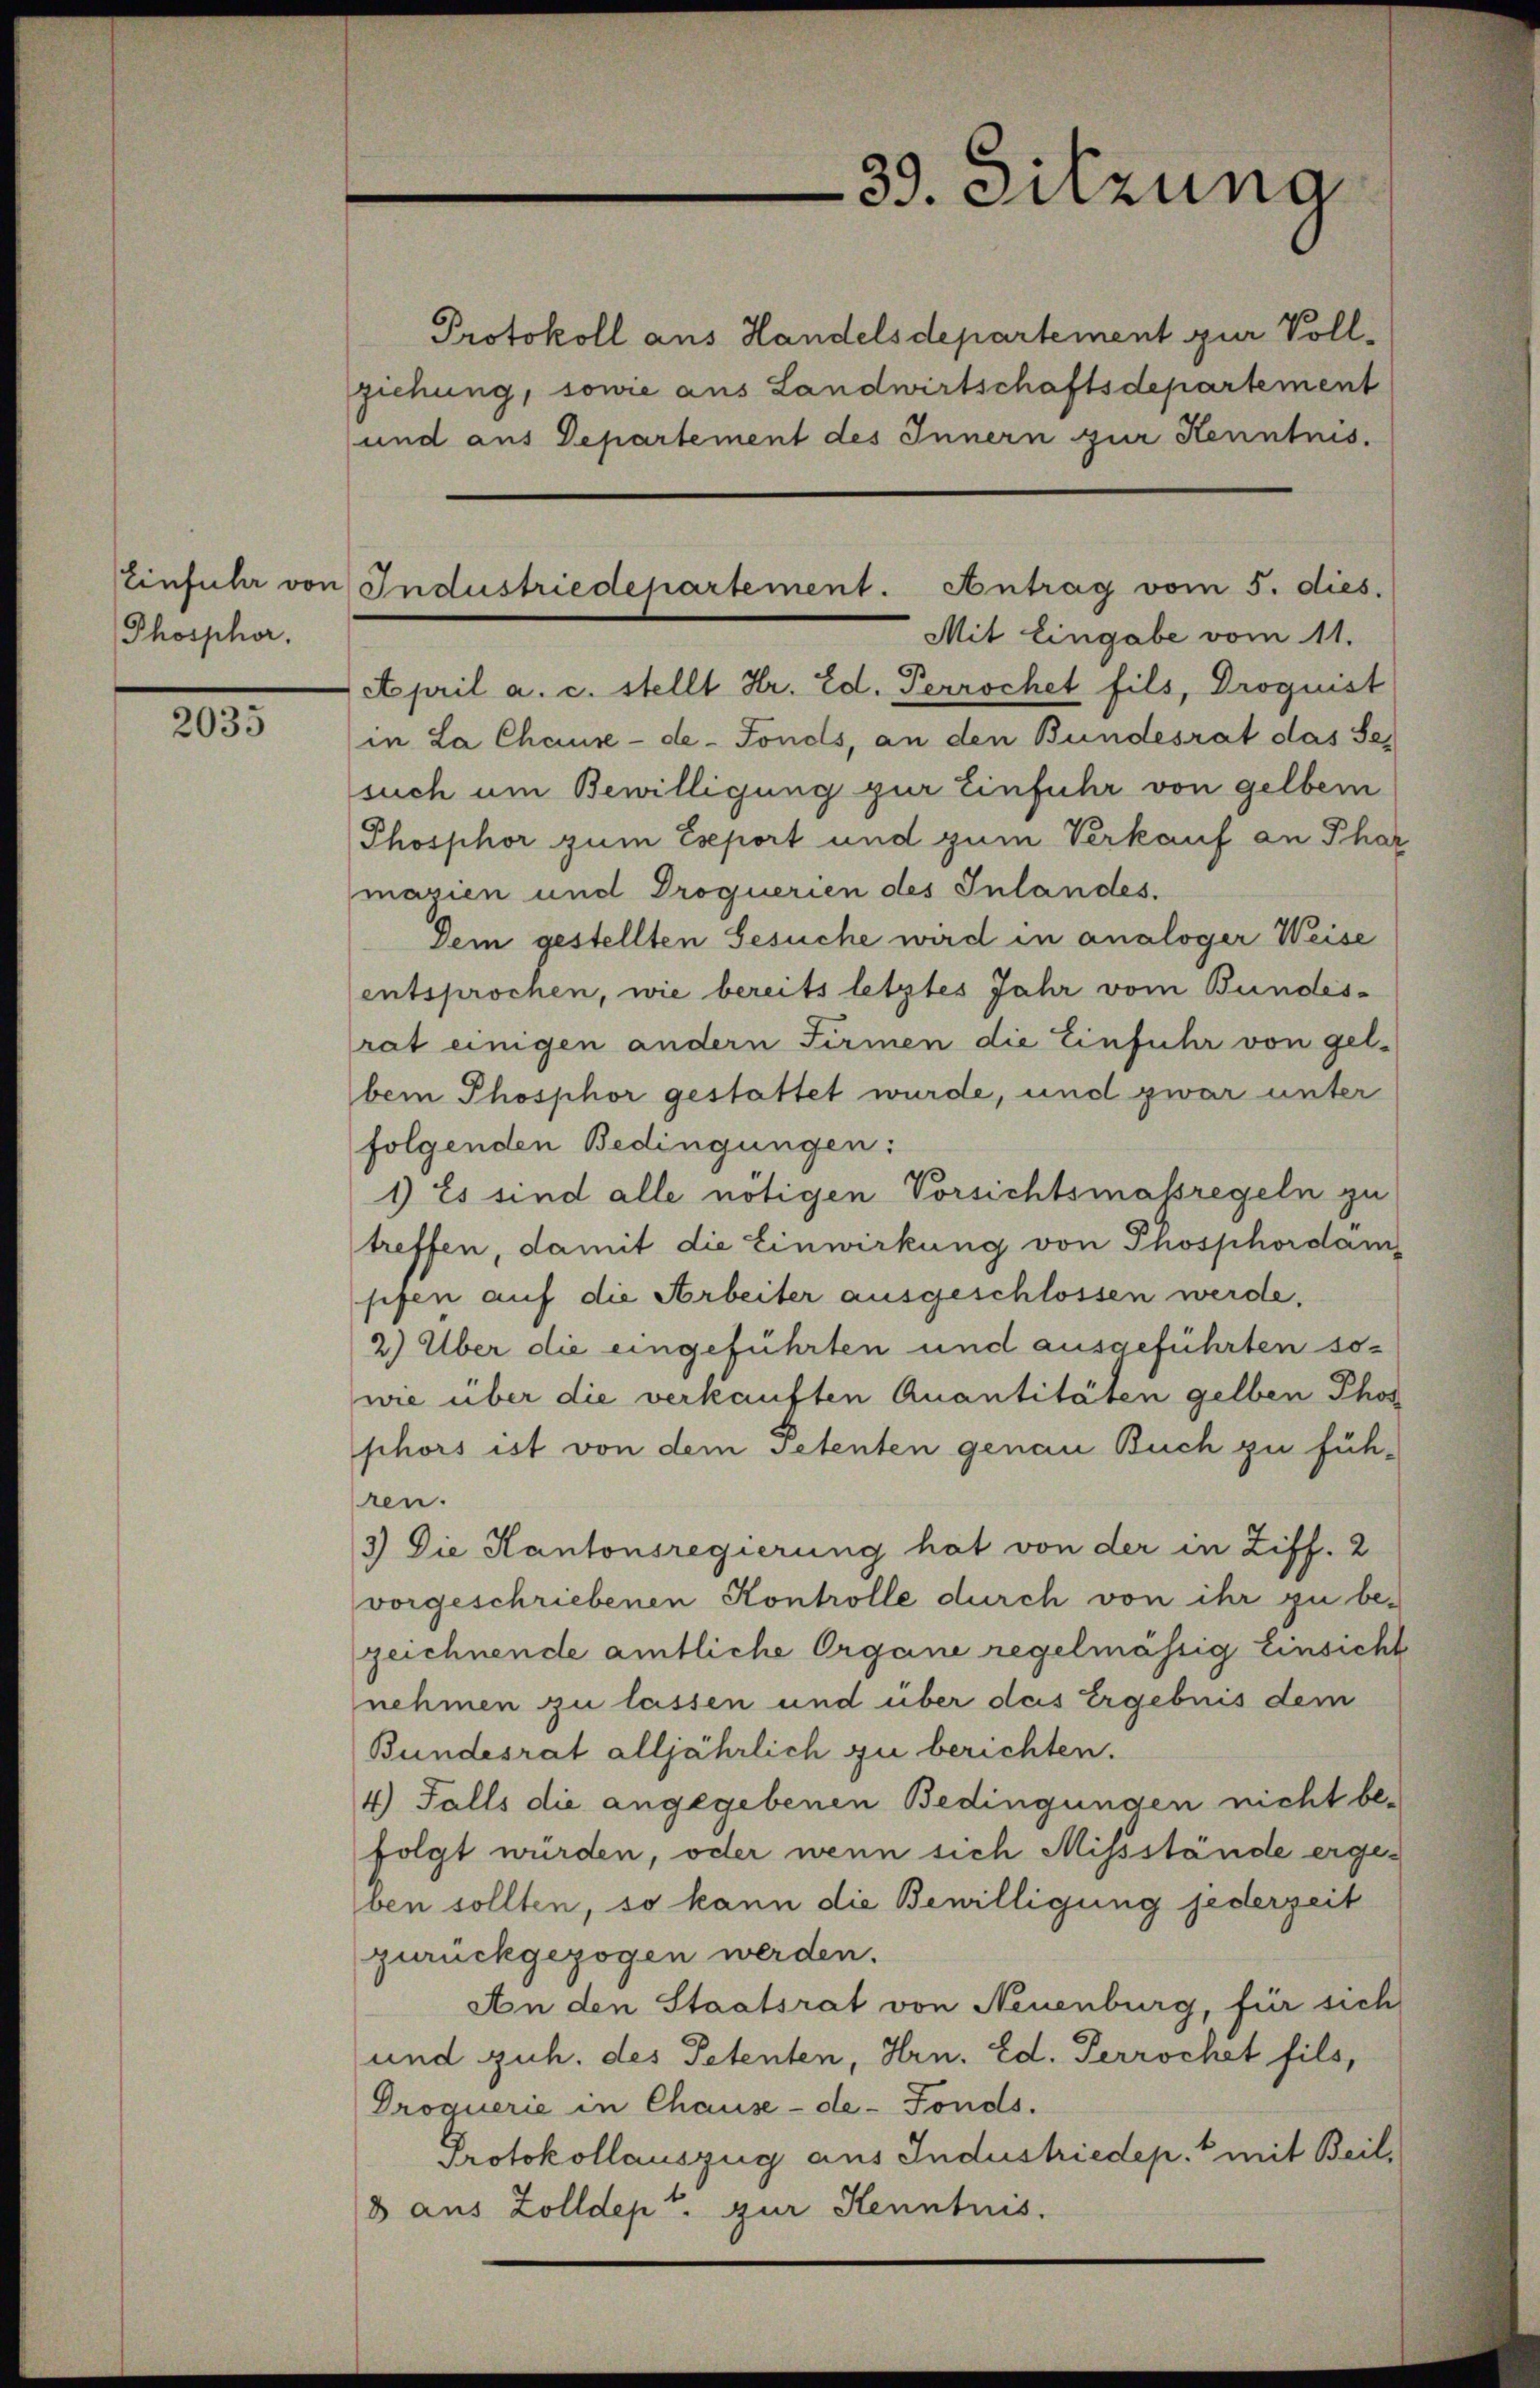
Einfuhr von
Phosphor,

2035

Protokoll aus Handelsdepartement zur Vollziehung, sowie aus Landwirtschaftsdepartement
und aus Departement des Innern zur Kenntnis.
April a. c. stellt Hr. Ed. Perrochet fils, Droguist
in La Chaux-de-Fonds, an den Bundesrat das Sesuch um Bewilligung zur Einfuhr von gelben
Phosphor zum Export und zum Verkauf an Phar
mazien und Droquerien des Inlandes.
Dem gestellten Gesuche wird in analoger Weise
entsprochen, wie bereits letztes Jahr vom Bundesrat einigen andern Firmen die Einfuhr von gelbein Phosphor gestattet wurde, und zwar unter
folgenden Bedingungen:
1) Es sind alle nötigen Vorsichtsmaßregeln zu
treffen, damit die Einwirkung von Phosphordam
sifen auf die Arbeiter ausgeschlossen werde.
2) Über die eingeführten und ausgeführten sowie über die verkauften Quantitäten gelben Phos
phors ist von dem Petenten genau Buch zu füh-
ren.
3) Die Kantonsregierung hat von der in Ziff. 2
vorgeschriebenen Kontrolle durch von ihr zu be-
zeichnende amtliche Organe regelmässig Einsicht
nehmen zu lassen und über des Ergebnis dem
Bundesrat alljährlich zu berichten.
4) Falls die angegebenen Bedingungen nicht be-
folgt würden, oder wenn sich Missstände ergeben sollten, so kann die Bewilligung jederzeit
zurückgezogen werden.
An den Staatsrat von Neuenburg, für sich
und guh. des Petenten, Hrn. Ed. Perrochet fils,
Droquerie in Chause-de-Fonds.
Protokollauszug aus Industriedep. 6 mit Beil,
8 aus Zolldept. zur Kenntnis.

39. Sitzung

Industriedepartement. Antrag vom 5. dies.
Mit Eingabe vom 11.